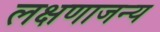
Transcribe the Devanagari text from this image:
लक्षणाजन्य